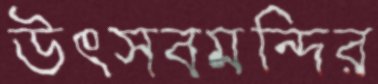
উৎসবমন্দির